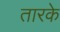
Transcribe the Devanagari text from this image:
तारके